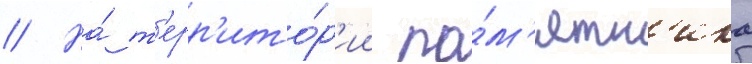
// На́ т'ерр'ито́р'ии па́м'ятн'ика